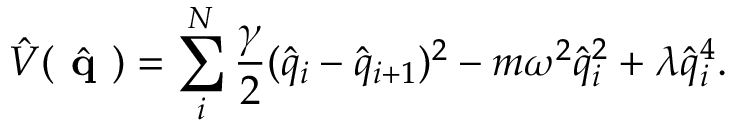
\hat { V } ( \hat { \textbf { q } } ) = \sum _ { i } ^ { N } \frac { \gamma } { 2 } ( \hat { q } _ { i } - \hat { q } _ { i + 1 } ) ^ { 2 } - m \omega ^ { 2 } \hat { q } _ { i } ^ { 2 } + \lambda \hat { q } _ { i } ^ { 4 } .